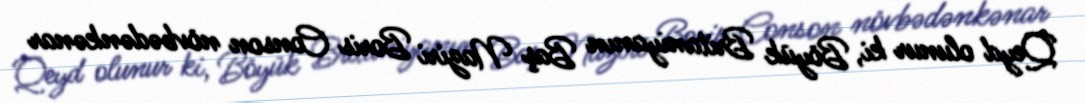
Qeyd olunur ki, Böyük Britaniyanın Baş Naziri Boris Conson növbədənkənar